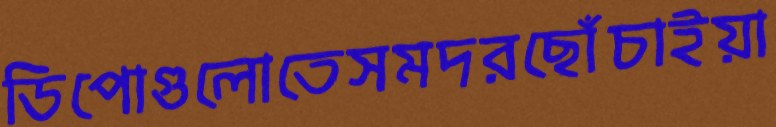
ডিপোগুলোতেসমদরছোঁচাইয়া